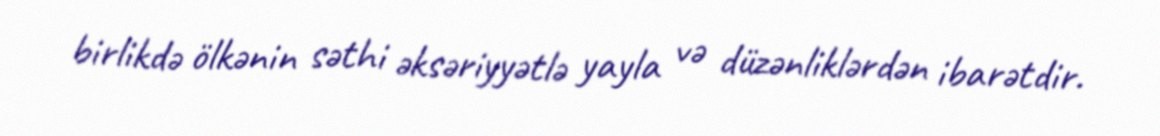
birlikdə ölkənin səthi əksəriyyətlə yayla və düzənliklərdən ibarətdir.